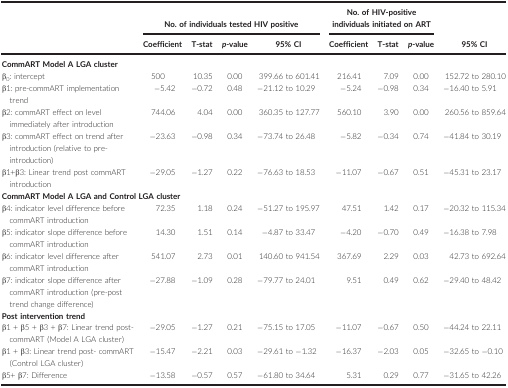
<table><thead><tr><td rowspan="2"></td><td colspan="4"><b>No. of individuals tested HIV positive</b></td><td colspan="3"><b>No. of HIV‐positive individuals initiated on ART</b></td><td></td></tr><tr><td><b>Coefficient</b></td><td><b>T‐stat</b></td><td><b><i>p</i>‐value</b></td><td><b>95% CI</b></td><td><b>Coefficient</b></td><td><b>T‐stat</b></td><td><b><i>p</i>‐value</b></td><td><b>95% CI</b></td></tr></thead><tbody><tr><td colspan="9"><b>CommART Model A LGA cluster</b></td></tr><tr><td>β<sub>0</sub>: intercept</td><td>500</td><td>10.35</td><td>0.00</td><td>399.66 to 601.41</td><td>216.41</td><td>7.09</td><td>0.00</td><td>152.72 to 280.10</td></tr><tr><td>β1: pre‐commART implementation trend</td><td>−5.42</td><td>−0.72</td><td>0.48</td><td>−21.12 to 10.29</td><td>−5.24</td><td>−0.98</td><td>0.34</td><td>−16.40 to 5.91</td></tr><tr><td>β2: commART effect on level immediately after introduction</td><td>744.06</td><td>4.04</td><td>0.00</td><td>360.35 to 127.77</td><td>560.10</td><td>3.90</td><td>0.00</td><td>260.56 to 859.64</td></tr><tr><td>β3: commART effect on trend after introduction (relative to pre‐introduction)</td><td>−23.63</td><td>−0.98</td><td>0.34</td><td>−73.74 to 26.48</td><td>−5.82</td><td>−0.34</td><td>0.74</td><td>−41.84 to 30.19</td></tr><tr><td>β1+β3: Linear trend post commART introduction</td><td>−29.05</td><td>−1.27</td><td>0.22</td><td>−76.63 to 18.53</td><td>−11.07</td><td>−0.67</td><td>0.51</td><td>−45.31 to 23.17</td></tr><tr><td colspan="9"><b>CommART Model A LGA and Control LGA cluster</b></td></tr><tr><td>β4: indicator level difference before commART introduction</td><td>72.35</td><td>1.18</td><td>0.24</td><td>−51.27 to 195.97</td><td>47.51</td><td>1.42</td><td>0.17</td><td>−20.32 to 115.34</td></tr><tr><td>β5: indicator slope difference before commART introduction</td><td>14.30</td><td>1.51</td><td>0.14</td><td>−4.87 to 33.47</td><td>−4.20</td><td>−0.70</td><td>0.49</td><td>−16.38 to 7.98</td></tr><tr><td>β6: indicator level difference after commART introduction</td><td>541.07</td><td>2.73</td><td>0.01</td><td>140.60 to 941.54</td><td>367.69</td><td>2.29</td><td>0.03</td><td>42.73 to 692.64</td></tr><tr><td>β7: indicator slope difference after commART introduction (pre‐post trend change difference)</td><td>−27.88</td><td>−1.09</td><td>0.28</td><td>−79.77 to 24.01</td><td>9.51</td><td>0.49</td><td>0.62</td><td>−29.40 to 48.42</td></tr><tr><td colspan="9"><b>Post intervention trend</b></td></tr><tr><td>β1 + β5 + β3 + β7: Linear trend post‐commART (Model A LGA cluster)</td><td>−29.05</td><td>−1.27</td><td>0.21</td><td>−75.15 to 17.05</td><td>−11.07</td><td>−0.67</td><td>0.50</td><td>−44.24 to 22.11</td></tr><tr><td>β1 + β3: Linear trend post‐ commART (Control LGA cluster)</td><td>−15.47</td><td>−2.21</td><td>0.03</td><td>−29.61 to −1.32</td><td>−16.37</td><td>−2.03</td><td>0.05</td><td>−32.65 to −0.10</td></tr><tr><td>β5+ β7: Difference</td><td>−13.58</td><td>−0.57</td><td>0.57</td><td>−61.80 to 34.64</td><td>5.31</td><td>0.29</td><td>0.77</td><td>−31.65 to 42.26</td></tr></tbody></table>